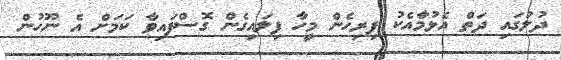
ދުލުގައި ދަތް އެޅުމާއެކު ފިރިހެން މީހާ ފިލައިގެން ގޮސްފައިވާ ކަމަށް އެ ނޫހުން